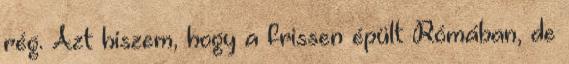
rég. Azt hiszem, hogy a frissen épült Rómában, de